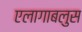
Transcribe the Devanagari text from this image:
एलागाबलुस